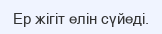
Ер жігіт елін сүйеді.